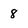
Character: 8